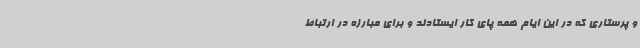
و پرستاری که در این ایام همه پای کار ایستادند و برای مبارزه در ارتباط